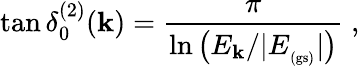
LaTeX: \tan\delta_{0}^{(2)}(\mathbf{k})=\frac{{\pi}}{{\ln\left(E_{\mathbf{k}}/|E_{_\mathrm{{(gs)}}}|\right)}}\; ,